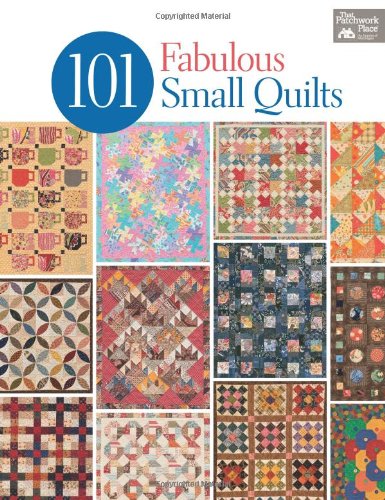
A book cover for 101 Fabulous Small Quilts; That Patchwork Place; Crafts, Hobbies & Home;